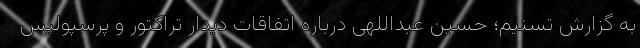
به گزارش تسنیم؛ حسین عبداللهی درباره اتفاقات دیدار تراکتور و پرسپولیس